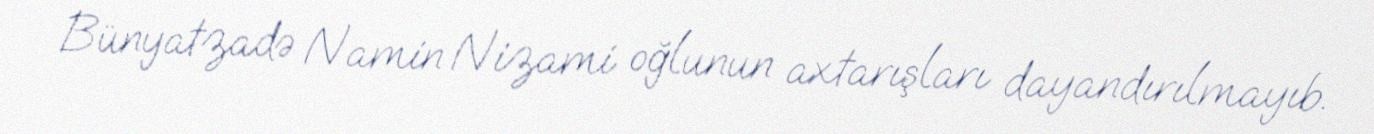
Bünyatzadə Namin Nizami oğlunun axtarışları dayandırılmayıb.